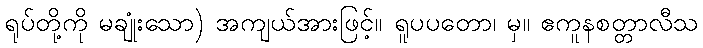
ရုပ်တို့ကို မချုံးသော) အကျယ်အားဖြင့်။ ရူပပတော၊ မှ။ ဧကူနစတ္တာလီသ